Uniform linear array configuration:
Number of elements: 64
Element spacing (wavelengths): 0.25
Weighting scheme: exponential
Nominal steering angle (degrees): -45
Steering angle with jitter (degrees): -44.229
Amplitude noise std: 0.05
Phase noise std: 0.05

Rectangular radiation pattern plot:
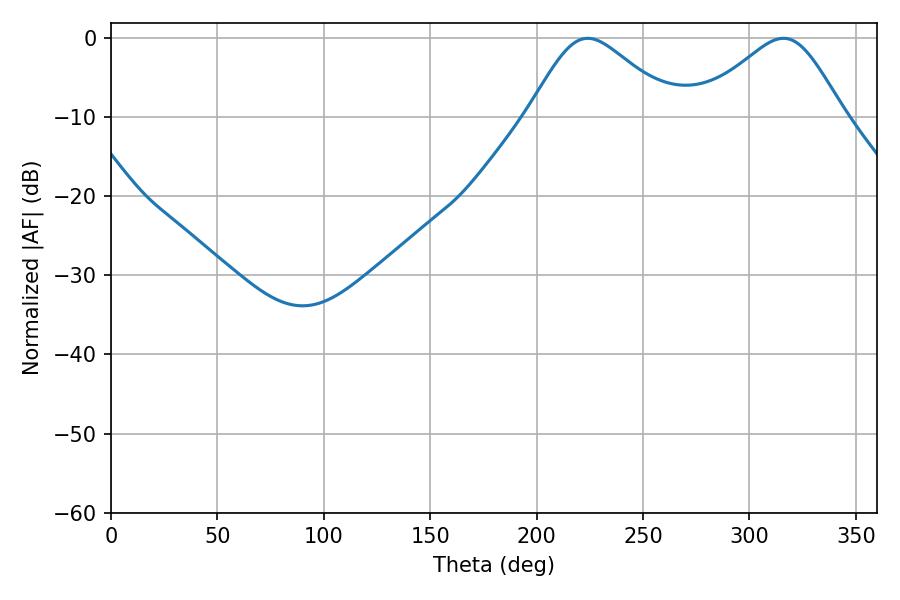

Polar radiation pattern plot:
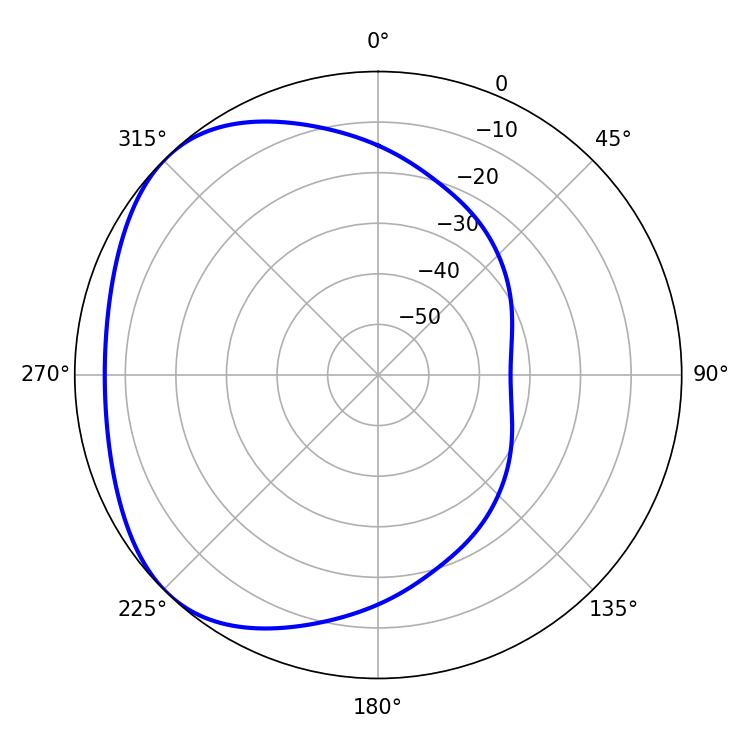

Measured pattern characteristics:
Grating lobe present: FALSE
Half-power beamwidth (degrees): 34.2
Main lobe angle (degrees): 223.92